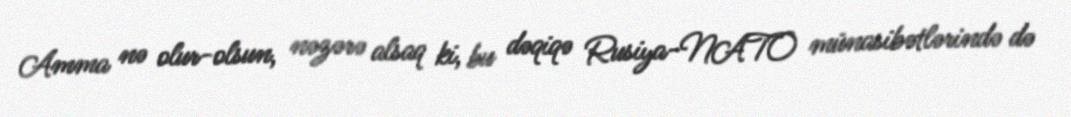
Amma nə olur-olsun, nəzərə alsaq ki, bu dəqiqə Rusiya-NATO münasibətlərində də